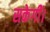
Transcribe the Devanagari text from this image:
सकेगीं।